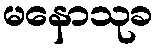
မနောသုခ